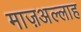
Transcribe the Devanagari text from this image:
माज़अल्लाह